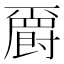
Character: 𱭆